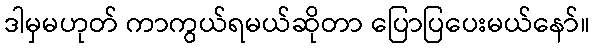
ဒါမှမဟုတ် ကာကွယ်ရမယ်ဆိုတာ ပြောပြပေးမယ်နော်။